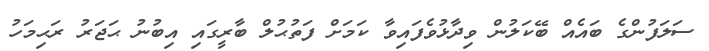
ސަލަފުންގެ ބައެއް ބޭކަލުން ވިދާޅުވެފައިވާ ކަމަށް ފަތުޙުލް ބާރީގައި އިބުނު ޙަޖަރު ރަޙިމަހު